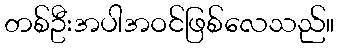
တစ်ဦးအပါအဝင်ဖြစ်လေသည်။